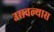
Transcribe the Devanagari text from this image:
उसवल्यास